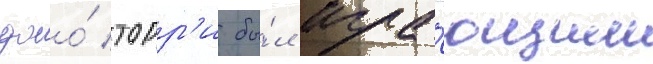
джо́ торр'и бы́л игра́ющим